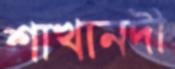
শাখানদী